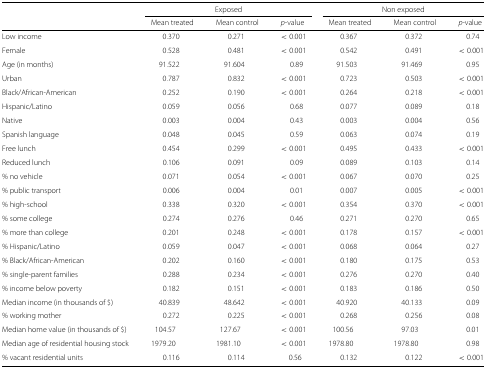
<table><thead><tr><td></td><td colspan="3"><b>Exposed</b></td><td colspan="3"><b>Non exposed</b></td></tr><tr><td></td><td><b>Mean treated</b></td><td><b>Mean control</b></td><td><b><i>p</i>-value</b></td><td><b>Mean treated</b></td><td><b>Mean control</b></td><td><b><i>p</i>-value</b></td></tr></thead><tbody><tr><td>Low income</td><td>0.370</td><td>0.271</td><td>&lt;0.001</td><td>0.367</td><td>0.372</td><td>0.74</td></tr><tr><td>Female</td><td>0.528</td><td>0.481</td><td>&lt;0.001</td><td>0.542</td><td>0.491</td><td>&lt;0.001</td></tr><tr><td>Age (in months)</td><td>91.522</td><td>91.604</td><td>0.89</td><td>91.503</td><td>91.469</td><td>0.95</td></tr><tr><td>Urban</td><td>0.787</td><td>0.832</td><td>&lt;0.001</td><td>0.723</td><td>0.503</td><td>&lt;0.001</td></tr><tr><td>Black/African-American</td><td>0.252</td><td>0.190</td><td>&lt;0.001</td><td>0.264</td><td>0.218</td><td>&lt;0.001</td></tr><tr><td>Hispanic/Latino</td><td>0.059</td><td>0.056</td><td>0.68</td><td>0.077</td><td>0.089</td><td>0.18</td></tr><tr><td>Native</td><td>0.003</td><td>0.004</td><td>0.43</td><td>0.003</td><td>0.004</td><td>0.56</td></tr><tr><td>Spanish language</td><td>0.048</td><td>0.045</td><td>0.59</td><td>0.063</td><td>0.074</td><td>0.19</td></tr><tr><td>Free lunch</td><td>0.454</td><td>0.299</td><td>&lt;0.001</td><td>0.495</td><td>0.433</td><td>&lt;0.001</td></tr><tr><td>Reduced lunch</td><td>0.106</td><td>0.091</td><td>0.09</td><td>0.089</td><td>0.103</td><td>0.14</td></tr><tr><td>% no vehicle</td><td>0.071</td><td>0.054</td><td>&lt;0.001</td><td>0.067</td><td>0.070</td><td>0.25</td></tr><tr><td>% public transport</td><td>0.006</td><td>0.004</td><td>0.01</td><td>0.007</td><td>0.005</td><td>&lt;0.001</td></tr><tr><td>% high-school</td><td>0.338</td><td>0.320</td><td>&lt;0.001</td><td>0.354</td><td>0.370</td><td>&lt;0.001</td></tr><tr><td>% some college</td><td>0.274</td><td>0.276</td><td>0.46</td><td>0.271</td><td>0.270</td><td>0.65</td></tr><tr><td>% more than college</td><td>0.201</td><td>0.248</td><td>&lt;0.001</td><td>0.178</td><td>0.157</td><td>&lt;0.001</td></tr><tr><td>% Hispanic/Latino</td><td>0.059</td><td>0.047</td><td>&lt;0.001</td><td>0.068</td><td>0.064</td><td>0.27</td></tr><tr><td>% Black/African-American</td><td>0.202</td><td>0.160</td><td>&lt;0.001</td><td>0.180</td><td>0.175</td><td>0.53</td></tr><tr><td>% single-parent families</td><td>0.288</td><td>0.234</td><td>&lt;0.001</td><td>0.276</td><td>0.270</td><td>0.40</td></tr><tr><td>% income below poverty</td><td>0.182</td><td>0.151</td><td>&lt;0.001</td><td>0.183</td><td>0.186</td><td>0.50</td></tr><tr><td>Median income (in thousands of $)</td><td>40.839</td><td>48.642</td><td>&lt;0.001</td><td>40.920</td><td>40.133</td><td>0.09</td></tr><tr><td>% working mother</td><td>0.272</td><td>0.225</td><td>&lt;0.001</td><td>0.268</td><td>0.256</td><td>0.08</td></tr><tr><td>Median home value (in thousands of $)</td><td>104.57</td><td>127.67</td><td>&lt;0.001</td><td>100.56</td><td>97.03</td><td>0.01</td></tr><tr><td>Median age of residential housing stock</td><td>1979.20</td><td>1981.10</td><td>&lt;0.001</td><td>1978.80</td><td>1978.80</td><td>0.98</td></tr><tr><td>% vacant residential units</td><td>0.116</td><td>0.114</td><td>0.56</td><td>0.132</td><td>0.122</td><td>&lt;0.001</td></tr></tbody></table>